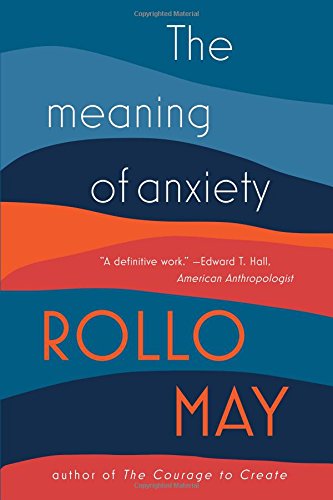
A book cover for The Meaning of Anxiety; Rollo May; Health, Fitness & Dieting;